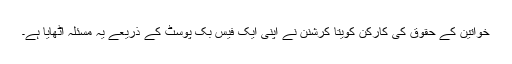
خواتین کے حقوق کی کارکن کویتا کرشنن نے اپنی ایک فیس بک پوسٹ کے ذریعے یہ مسئلہ اٹھایا ہے۔